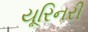
યૂરિનરી